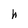
Character: h